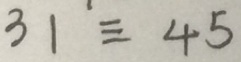
3 1 \equiv 4 5